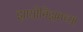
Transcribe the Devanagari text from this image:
झायोनिझमच्या